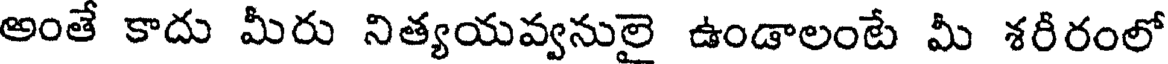
అంతే కాదు మీరు నిత్యయవ్వనులై ఉండాలంటే మీ శరీరంలో